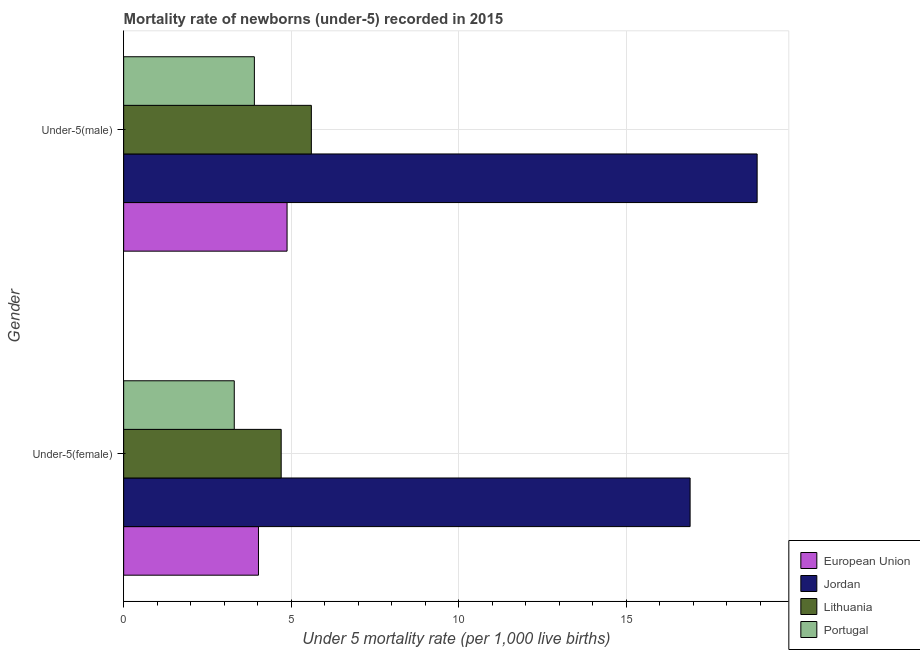
| Gender | European Union | Jordan | Lithuania | Portugal |
 | --- | --- | --- | --- | --- |
 | Under-5(female) | 4.02 | 16.9 | 4.7 | 3.3 |
 | Under-5(male) | 4.88 | 18.9 | 5.6 | 3.9 |